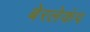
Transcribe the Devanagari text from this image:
बेरलेकंप